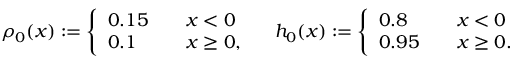
\rho _ { 0 } ( x ) : = \left\{ \begin{array} { l l } { 0 . 1 5 \quad } & { x < 0 } \\ { 0 . 1 \quad } & { x \geq 0 , } \end{array} \right. \quad h _ { 0 } ( x ) : = \left\{ \begin{array} { l l } { 0 . 8 \quad } & { x < 0 } \\ { 0 . 9 5 \quad } & { x \geq 0 . } \end{array} \right.